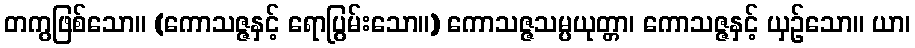
တကွဖြစ်သော။ (ကောသဇ္ဇနှင့် ရောပြွမ်းသော။) ကောသဇ္ဇသမ္ပယုတ္တာ၊ ကောသဇ္ဇနှင့် ယှဉ်သော။ ယာ၊